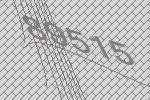
89515